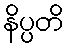
နိပ္ပတိ